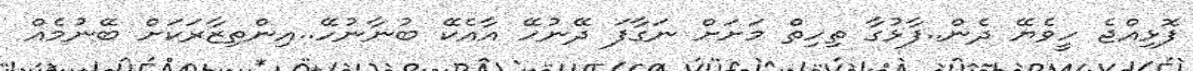
ފޮޅިއްޖެ ހީވެޔޭ ދެން..ފާޅުގާ ތިހިތް މަށަށް ނަގާފަ ދޭނުހޭ އާއެކޭ ބުނާނުހޭ..އިންތިޒާރަކަށް ބޭނުމެއް